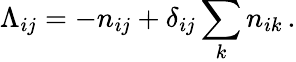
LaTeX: \Lambda_{ij}=-n_{ij}+\delta_{ij}\sum_{k}n_{ik}\, .